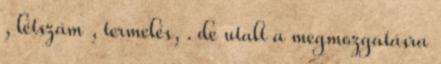
, létszám , termelés, . de utalt a megmozgatásra